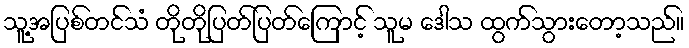
သူ့အပြစ်တင်သံ တိုတိုပြတ်ပြတ်ကြောင့် သူမ ဒေါသ ထွက်သွားတော့သည်။